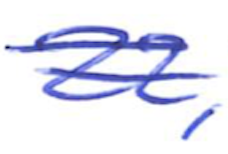
Text: 22,
Cross-out: double-line
Writing tool: ballpoint